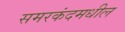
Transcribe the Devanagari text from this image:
समरकंदमधील